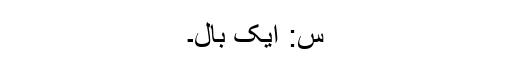
س: ایک بال۔